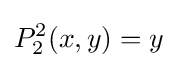
P_{2}^{2}(x,y)=y